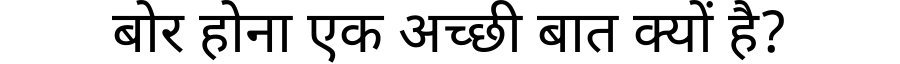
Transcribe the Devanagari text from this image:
बोर होना एक अच्छी बात क्यों है?